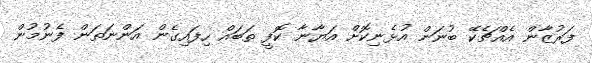
ފަރުޒާން އެއްޗެކޭ ބުނަން އުޅެނިކޮށް އަޔާނާ ކޮފީ ތަބައް ހިފައިގެން އަންނަތަން ފެނުމުން